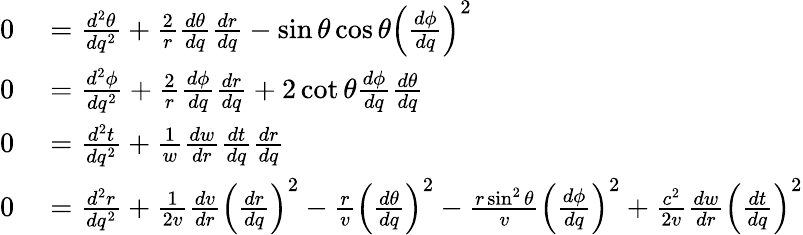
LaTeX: \begin{array}{rl}{0}&{{}={\frac{d^{2}\theta}{dq^{2}}}+{\frac{2}{r}}{\frac{d\theta}{dq}}{\frac{dr}{dq}}-\sin\theta\cos\theta\left({\frac{d\phi}{dq}}\right)^{2}}\\ {0}&{{}={\frac{d^{2}\phi}{dq^{2}}}+{\frac{2}{r}}{\frac{d\phi}{dq}}{\frac{dr}{dq}}+2\cot\theta{\frac{d\phi}{dq}}{\frac{d\theta}{dq}}}\\ {0}&{{}={\frac{d^{2}t}{dq^{2}}}+{\frac{1}{w}}{\frac{dw}{dr}}{\frac{dt}{dq}}{\frac{dr}{dq}}}\\ {0}&{{}={\frac{d^{2}r}{dq^{2}}}+{\frac{1}{2v}}{\frac{dv}{dr}}\left({\frac{dr}{dq}}\right)^{2}-{\frac{r}{v}}\left({\frac{d\theta}{dq}}\right)^{2}-{\frac{r\sin^{2}\theta}{v}}\left({\frac{d\phi}{dq}}\right)^{2}+{\frac{c^{2}}{2v}}{\frac{dw}{dr}}\left({\frac{dt}{dq}}\right)^{2}}\end{array}